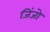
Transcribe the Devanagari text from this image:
जिंजो